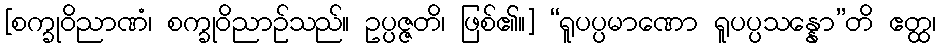
[စက္ခုဝိညာဏံ၊ စက္ခုဝိညာဉ်သည်။ ဥပ္ပဇ္ဇတိ၊ ဖြစ်၏။] “ရူပပ္ပမာဏော ရူပပ္ပသန္နော”တိ ဧတ္ထ၊